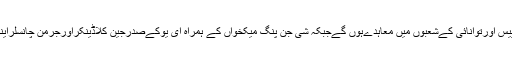
دونوں ممالک میں آج نیوکلیئرپاور،ایرواسپیس اورتوانائی کےشعبوں میں معاہدےہوں گےجبکہ شی جن پنگ میکخواں کے ہمراہ ای یوکےصدرجین کلاڈینکراورجرمن چانسلراینگلامرکل سےملاقاتیں … Read More